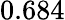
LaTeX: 0.684